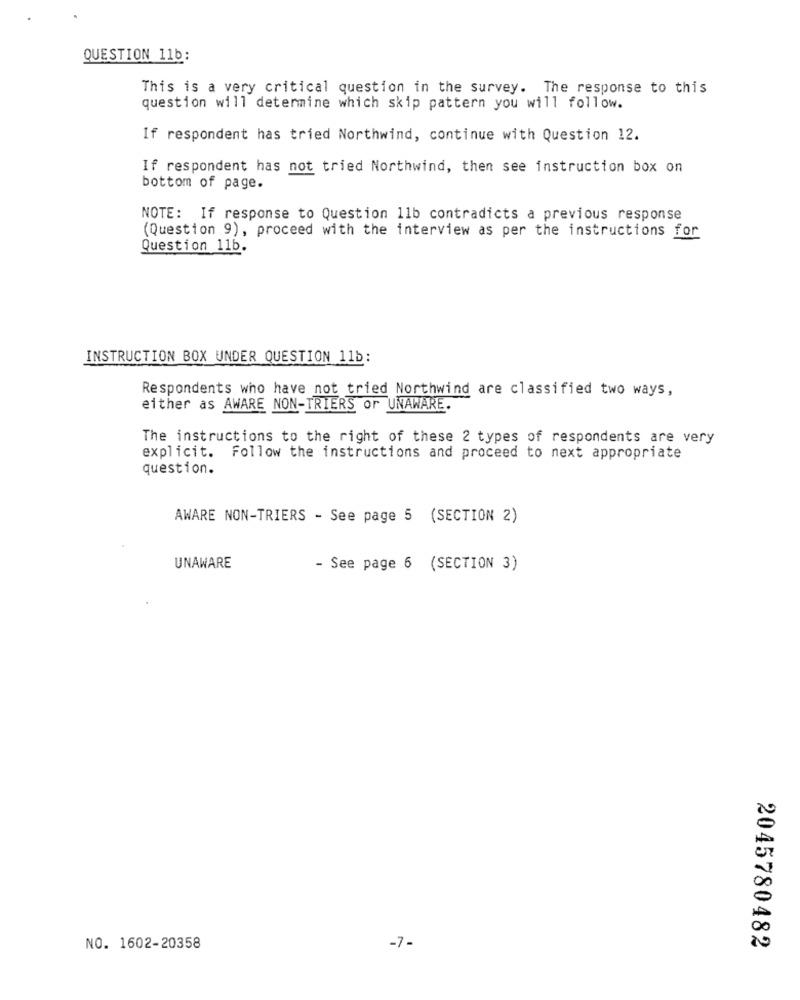
QUESTION 11b:
This is a very critical question in the survey. The response to this
question will determine which skip pattern you will follow.
If respondent has tried Northwind, continue with Question 12.
If respondent has not tried Northwind, then see instruction box on
bottom of page.
NOTE: If response to Question 11b contradicts a previous response
(Question 9), proceed with the interview as per the instructions for
Question 11b.
INSTRUCTION BOX UNDER QUESTION 11b:
Respondents who have not tried Northwind are classified two ways,
either as AWARE NON-TRIERS or UNAWARE.
The instructions to the right of these 2 types of respondents are very
explicit. Follow the instructions and proceed to next appropriate
question.
AWARE NON-TRIERS - See page 5 (SECTION 2)
UNAWARE
- See page 6 (SECTION 3)
NO. 1602-20358
-7-
2045780482